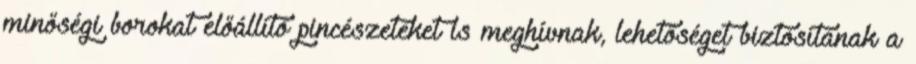
minőségi borokat előállító pincészeteket is meghívnak, lehetőséget biztosítanak a